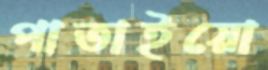
পাতাইয়ো